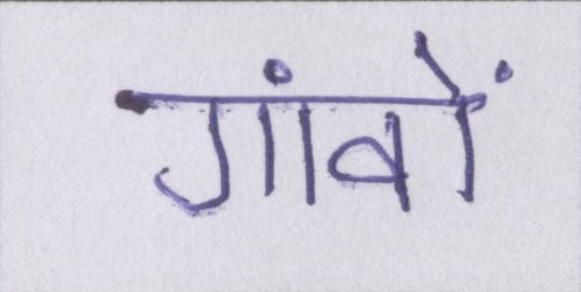
गांवों